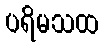
ပရိမသထ